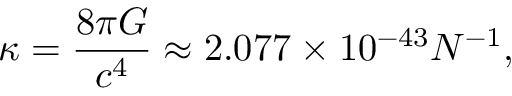
\kappa = { \frac { 8 \pi G } { c ^ { 4 } } } \approx 2 . 0 7 7 \times 1 0 ^ { - 4 3 } N ^ { - 1 } ,